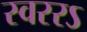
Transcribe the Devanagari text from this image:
स्वररऽ